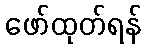
ဖော်ထုတ်ရန်